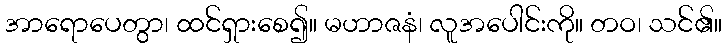
အာရောပေတွာ၊ ထင်ရှားစေ၍။ မဟာဇနံ၊ လူအပေါင်းကို။ တဝ၊ သင်၏။